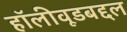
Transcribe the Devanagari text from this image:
हॉलीवूडबद्दल